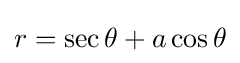
r=\sec \theta +a\cos \theta